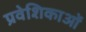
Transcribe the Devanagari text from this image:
प्रवेशिकाओं